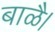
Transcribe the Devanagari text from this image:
बाळै।